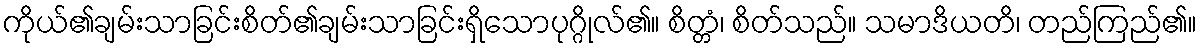
ကိုယ်၏ချမ်းသာခြင်းစိတ်၏ချမ်းသာခြင်းရှိသောပုဂ္ဂိုလ်၏။ စိတ္တံ၊ စိတ်သည်။ သမာဒိယတိ၊ တည်ကြည်၏။